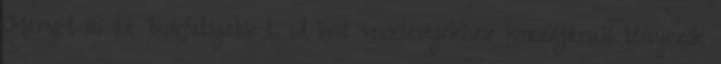
Mary-t és az Indefatigable-t. A brit veszteségekhez hozzájáruló tényezők